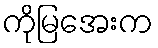
ကိုမြအေးက